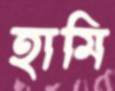
হামি